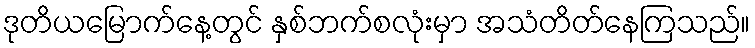
ဒုတိယမြောက်နေ့တွင် နှစ်ဘက်စလုံးမှာ အသံတိတ်နေကြသည်။